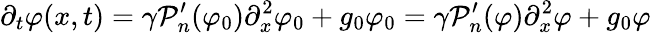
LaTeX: \partial_{t}\varphi(x,t)=\gamma\mathcal{P}_{n}^{\prime}(\varphi_{0})\partial_{x}^{2}\varphi_{0}+g_{0}\varphi_{0}=\gamma\mathcal{P}_{n}^{\prime}(\varphi)\partial_{x}^{2}\varphi+g_{0}\varphi